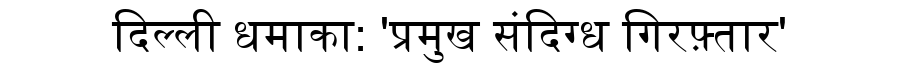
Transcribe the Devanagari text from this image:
दिल्ली धमाका: 'प्रमुख संदिग्ध गिरफ़्तार'